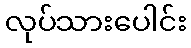
လုပ်သားပေါင်း